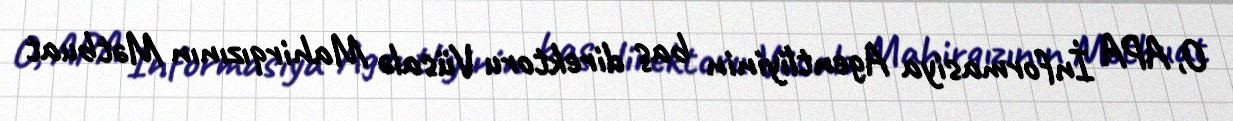
O, APA İnformasiya Agentliyinin baş direktoru Vüsalə Mahirqızının Mətbuat